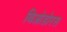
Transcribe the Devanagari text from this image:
थिओडोरस